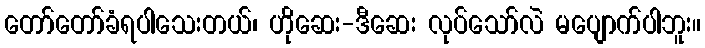
တော်တော်ခံရပါသေးတယ်၊ ဟိုဆေး-ဒီဆေး လုပ်သော်လဲ မပျောက်ပါဘူး။